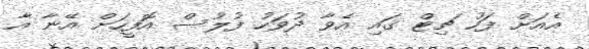
އެއަށް ފަހު ޗިޓް ގައި އެވާ ދުވަހު ފުލުސް އޮފީހަށް އޭނާ އާ